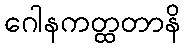
ဂေါနကတ္ထတာနိ